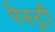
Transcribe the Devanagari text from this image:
पेस्‍ट्री